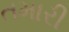
તમારી